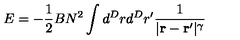
E = - { \frac { 1 } { 2 } } B N ^ { 2 } \int d ^ { D } r d ^ { D } r ^ { \prime } { \frac { 1 } { | { \bf r - r ^ { \prime } } | ^ { \gamma } } }